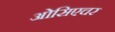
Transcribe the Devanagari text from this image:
ओसिएचर